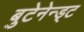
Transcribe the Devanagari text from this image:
बुटेनेन्ड्ट